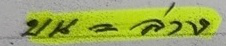
บน = ล่าง